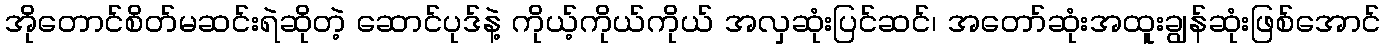
အိုတောင်စိတ်မဆင်းရဲဆိုတဲ့ ဆောင်ပုဒ်နဲ့ ကိုယ့်ကိုယ်ကိုယ် အလှဆုံးပြင်ဆင်၊ အတော်ဆုံးအထူးချွန်ဆုံးဖြစ်အောင်